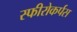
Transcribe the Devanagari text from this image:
स्फीरोकर्पस